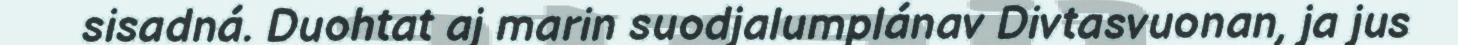
sisadná. Duohtat aj marin suodjalumplánav Divtasvuonan, ja jus